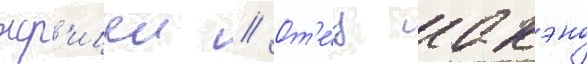
жр'ицеи // От'е́ц акэно